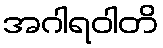
အဂါရဝါတိ